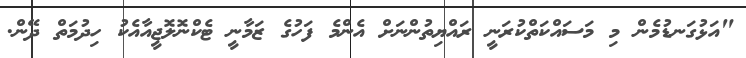
"އަޅުގަނޑުމެން މި މަސައްކަތްކުރަނީ ރައްޔިތުންނަށް އެންމެ ފަހުގެ ޒަމާނީ ޓެކްނޮލޮޖީއާއެކު ހިދުމަތް ދޭން.